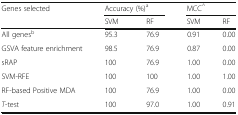
| <ROWSPAN=2> Genes selected | <COLSPAN=2> Accuracy (%)a | <COLSPAN=2> MCC^ |
 | SVM | RF | SVM | RF |
 | --- | --- | --- | --- | --- |
 | All genesb | 95.3 | 76.9 | 0.91 | 0.00 |
 | GSVA feature enrichment | 98.5 | 76.9 | 0.87 | 0.00 |
 | sRAP | 100 | 76.9 | 1.00 | 0.00 |
 | SVM-RFE | 100 | 100 | 1.00 | 1.00 |
 | RF-based Positive MDA | 100 | 76.9 | 1.00 | 0.00 |
 | T-test | 100 | 97.0 | 1.00 | 0.91 |